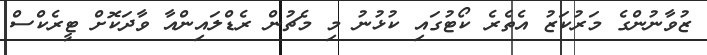
ޒުވާނުންގެ މަރުކަޒު އެތެރެ ކޯޓުގައި ކުޅުނު މި މެޗުން ރެޑްލައިންއާ ވާދަކޮށް ޓީރެކްސް